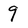
Character: 9